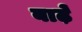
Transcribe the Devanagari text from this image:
बाढ़े